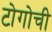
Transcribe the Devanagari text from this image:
टोगोची